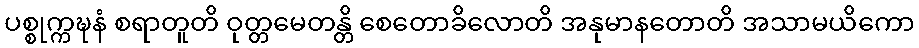
ပစ္စုက္ကဍ္ဎနံ စရာတူတိ ဝုတ္တမေတန္တိ စေတောခိလောတိ အနုမာနတောတိ အသာမယိကော